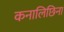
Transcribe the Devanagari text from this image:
कनालिछिना